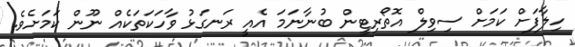
ހިލާފަށް ކަމަށް ސިވިލް އޮތޯރިޓީން ބުނާނަމަ އެއީ ރަނގަޅު ވާހަކަތަކެއް ނޫން ކަމަށެވެ.